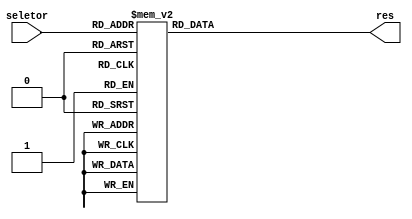
// Mdulo Decodificador hexadecimal
module Decodificador(input[0:3] seletor, output reg[0:6] res);
	always @(*) begin
		case(seletor)
			4'b0000: res = 7'b0000001;
			4'b0001: res = 7'b1001111;
			4'b0010: res = 7'b0010010;
			4'b0011: res = 7'b0000110;
		   4'b0100: res = 7'b1001100;
			4'b0101: res = 7'b0100100;
			4'b0110: res = 7'b0100000;
			4'b0111: res = 7'b0001111;
			4'b1000: res = 7'b0000000;
			4'b1001: res = 7'b0000100;
			4'b1010: res = 7'b0001000;
			4'b1011: res = 7'b1100000;
			4'b1100: res = 7'b0110001;
			4'b1101: res = 7'b1000010;
			4'b1110: res = 7'b0110000;
			default res = 7'b0111000;
		endcase
	end
endmodule